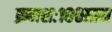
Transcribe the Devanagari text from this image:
क्रमशः१००ग्राम